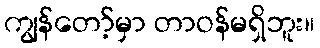
ကျွန်တော့်မှာ တာဝန်မရှိဘူး။